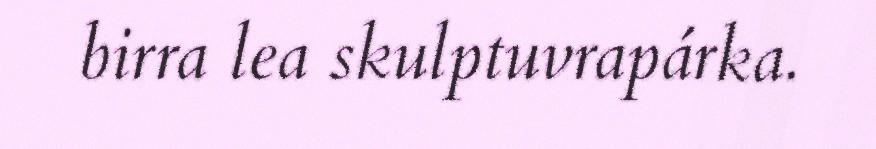
birra lea skulptuvrapárka.